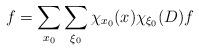
LaTeX: \begin{align*}f = \sum_{x_0} \sum_{\xi_0} \chi_{x_0}(x) \chi_{\xi_0}(D) f\end{align*}